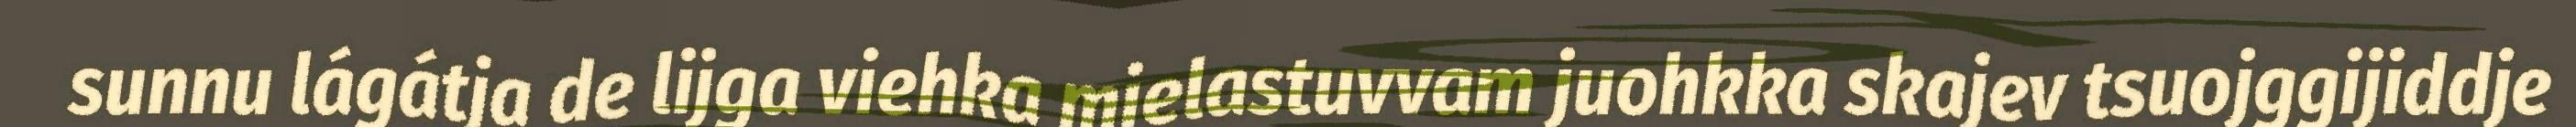
sunnu lágátja de lijga viehka mielastuvvam juohkka skajev tsuojggijiddje